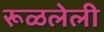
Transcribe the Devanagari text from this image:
रूळलेली